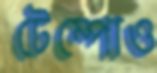
টেম্পোও